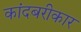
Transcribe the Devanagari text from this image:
कांदबरीकार